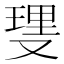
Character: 𫩆